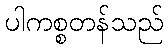
ပါကစ္စတန်သည်